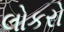
લોકરો